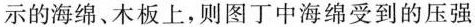
示的海绵、木板上，则图丁中海绵受到的压强